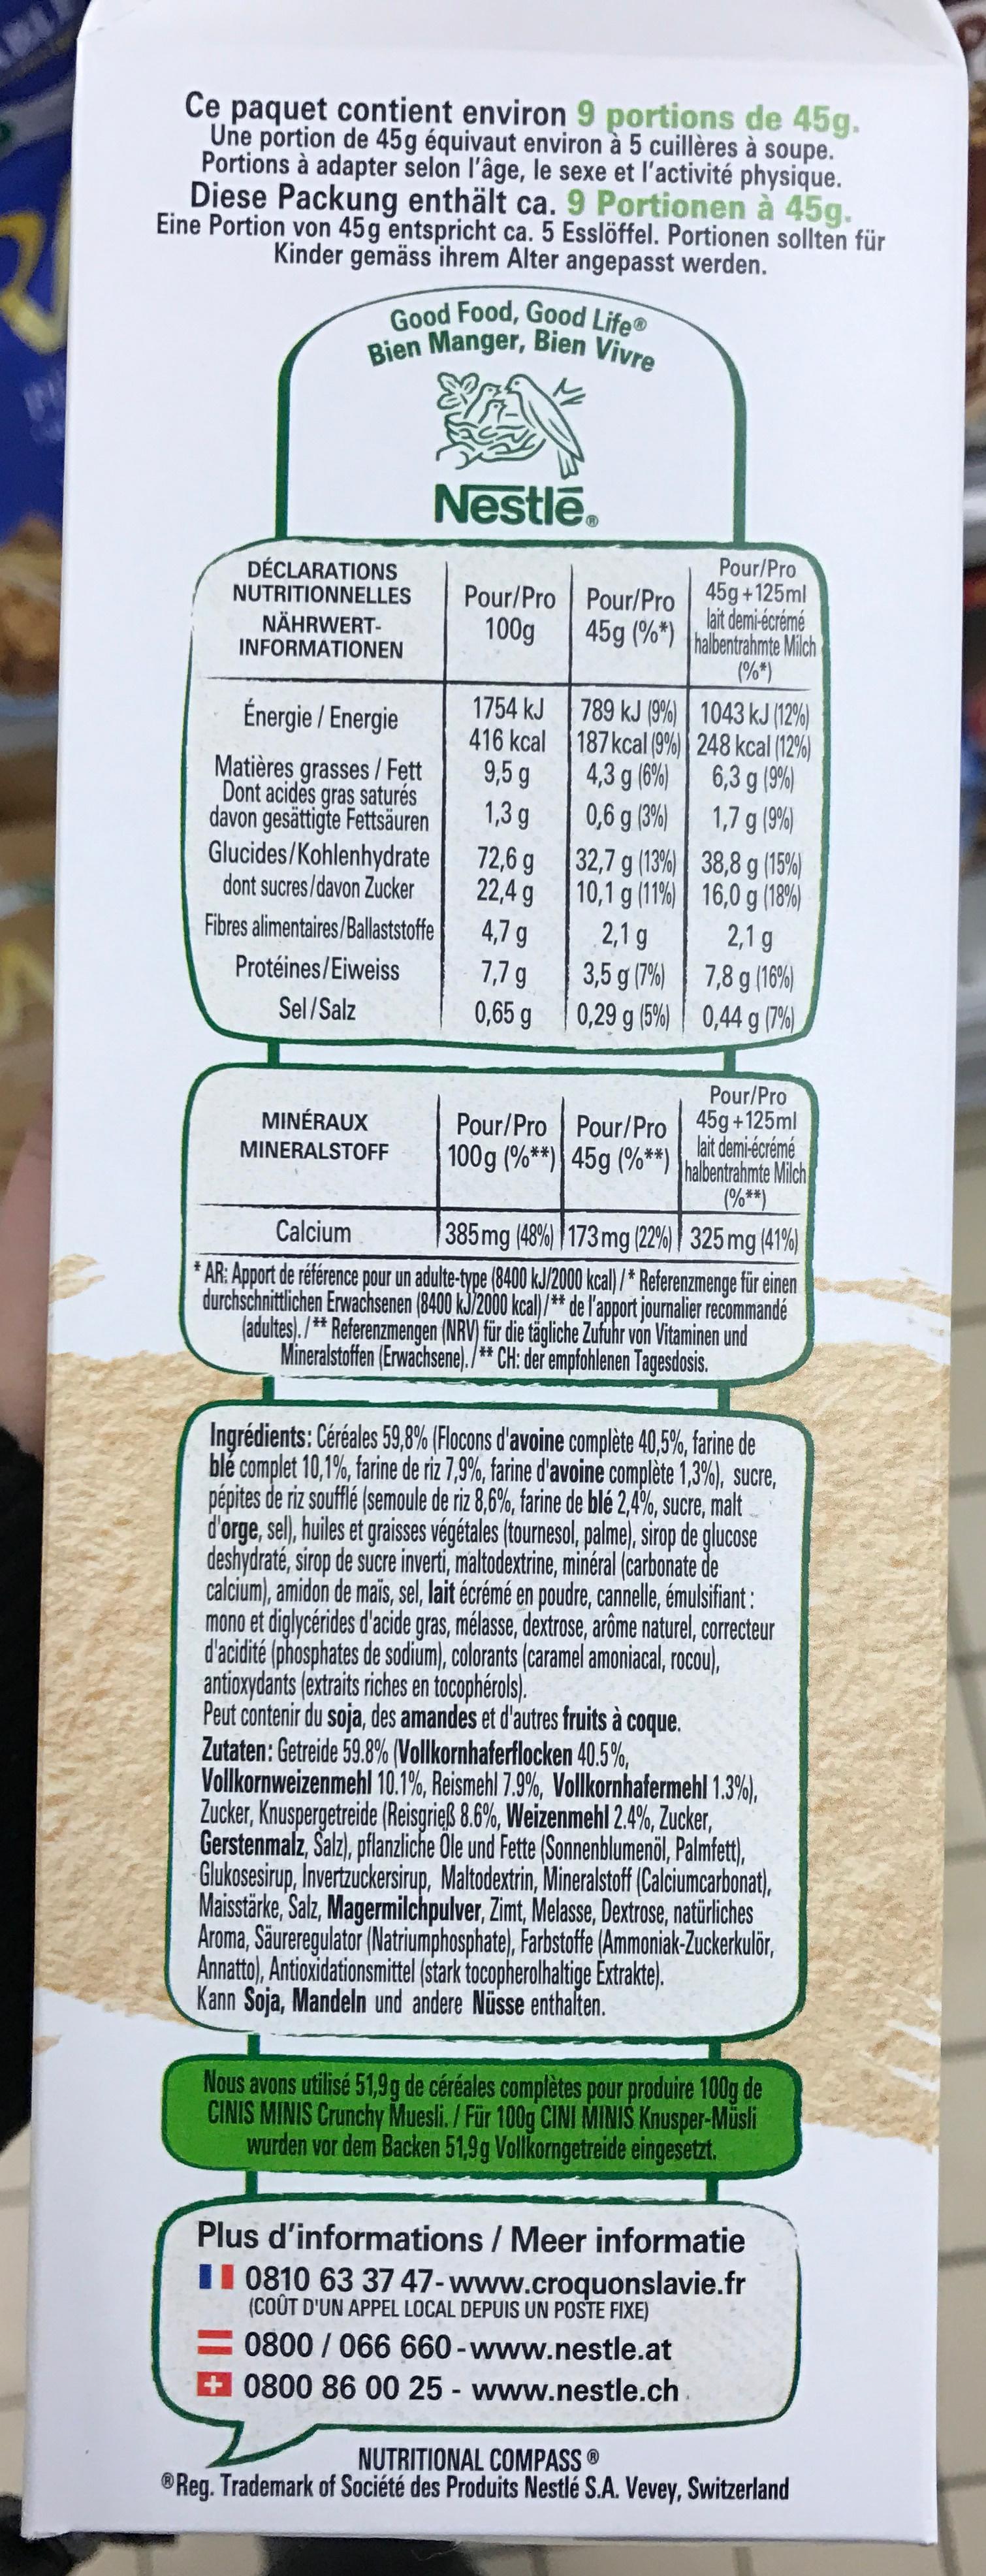
Ce paquet contient environ 9 portions de 45g. Une portion de 45g équivaut environ à 5 cuillères à soupe. Portions à adapter selon l'âge, le sexe et l'activité physique. Diese Packung enthält ca. 9 Portionen à 45g. Eine Portion von 45g entspricht ca. 5 Esslöffel. Portionen sollten für Kinder gemäss ihrem Alter angepasst werden.
Good Food, Good LifeⓇ Bien Manger, Bien Vivre
DÉCLARATIONS
NUTRITIONNELLES Pour/Pro NÄHRWERT100g
INFORMATIONEN
Nestlé®
Énergie / Energie
Matières grasses / Fett Dont acides gras saturés davon gesättigte Fettsäuren
Glucides/Kohlenhydrate dont sucres/davon Zucker
Fibres alimentaires/Ballaststoffe
Protéines/Eiweiss
Sel/Salz
MINÉRAUX MINERALSTOFF
1754 kJ
416 kcal
9,5 g
1,3 g
72,6 g
22,4 g
4,7 g
7,7 g
0,65 g
Pour/Pro
45g (%*)
789 kJ (9%)
187 kcal (9%)
4,3 g (6%)
0,6 g (3%)
32,7 g (13%)
10,1 g (11%)
2,1 g
3,5 g (7%)
0,29 g (5%)
Pour/Pro Pour/Pro 100g (%**) 45g (%**)
Pour/Pro
45g+125ml lait demi-écrémé halbentrahmte Milch (%*)
1043 kJ (12%)
248 kcal (12%)
6,3 g (9%)
1,7 g (9%)
38,8 g (15%)
16,0 g (18%)
2,1 g
7,8 g (16%)
0,44 g (7%)
Pour/Pro
45g+125ml halbentrahmte Milch lait demi-écrémé
(%**)
Calcium
385 mg (48%) 173 mg (22%) 325 mg (41%)
*
AR: Apport de référence pour un adulte-type (8400 kJ/2000 kcal) /* Referenzmenge für einen durchschnittlichen Erwachsenen (8400 kJ/2000 kcal)/** de l'apport journalier recommandé (adultes)./** Referenzmengen (NRV) für die tägliche Zufuhr von Vitaminen und Mineralstoffen (Erwachsene)./** CH: der empfohlenen Tagesdosis.
Ingrédients: Céréales 59,8% (Flocons d'avoine complète 40,5%, farine de ble complet 10,1%, farine de riz 7,9%, farine d'avoine complète 1,3%), sucre, pépites de riz soufflé (semoule de riz 8,6%, farine de blé 2,4%, sucre, malt d'orge, sel), huiles et graisses végétales (tournesol, palme), sirop de glucose deshydraté, sirop de sucre inverti, maltodextrine, minéral (carbonate de calcium), amidon de mais, sel, lait écrémé en poudre, cannelle, émulsifiant: mono et diglycérides d'acide gras, mélasse, dextrose, arôme naturel, correcteur d'acidité (phosphates de sodium), colorants (caramel amoniacal, rocou), antioxydants (extraits riches en tocophérols).
Peut contenir du soja, des amandes et d'autres fruits à coque. Zutaten: Getreide 59.8% (Vollkornhaferflocken 40.5%, Vollkornweizenmehl 10.1%, Reismehl 7.9%, Vollkornhafermehl 1.3%), Zucker, Knuspergetreide (Reisgrieß 8.6%, Weizenmehl 2.4%, Zucker, Gerstenmalz, Salz), pflanzliche Öle und Fette (Sonnenblumenöl, Palmfett), Glukosesirup, Invertzuckersirup, Maltodextrin, Mineralstoff (Calciumcarbonat), Maisstärke, Salz, Magermilchpulver, Zimt, Melasse, Dextrose, natürliches Aroma, Säureregulator (Natriumphosphate), Farbstoffe (Ammoniak-Zuckerkulör, Annatto), Antioxidationsmittel (stark tocopherolhaltige Extrakte). Kann Soja, Mandeln und andere Nüsse enthalten.
Nous avons utilisé 51,9g de céréales complètes pour produire 100g de CINIS MINIS Crunchy Muesli. / Für 100g CINI MINIS Knusper-Müsli wurden vor dem Backen 51,9g Vollkorngetreide eingesetzt.
Plus d'informations / Meer informatie 0810 63 37 47-www.croquonslavie.fr (COÛT D'UN APPEL LOCAL DEPUIS UN POSTE FIXE) 0800/ 066 660-www.nestle.at +0800 86 00 25 - www.nestle.ch
NUTRITIONAL COMPASS Ⓡ
Reg. Trademark of Société des Produits Nestlé S.A. Vevey, Switzerland